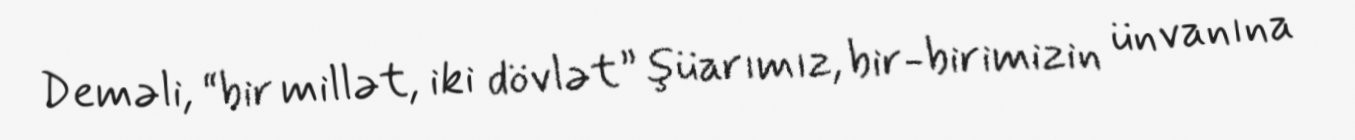
Deməli, “bir millət, iki dövlət” şüarımız, bir-birimizin ünvanına